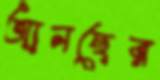
আনছের